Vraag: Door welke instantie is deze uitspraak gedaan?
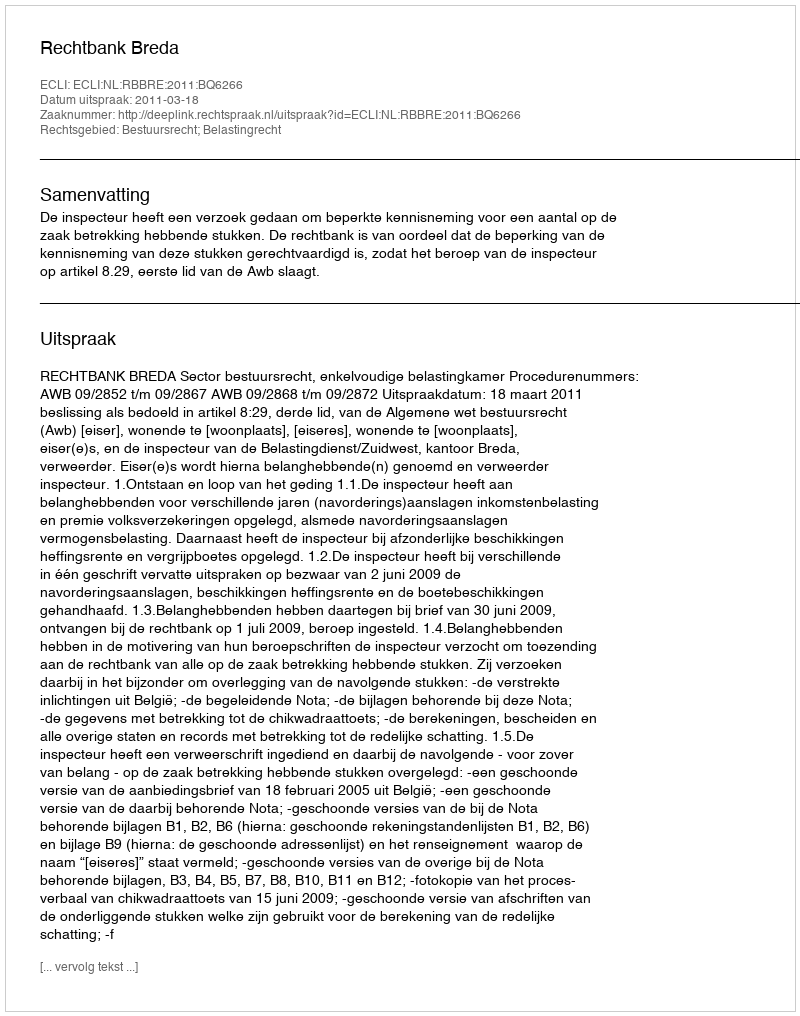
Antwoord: Rechtbank Breda